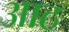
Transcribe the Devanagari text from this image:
अाठ